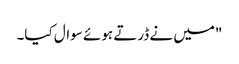
"میں نے ڈرتے ہوئے سوال کیا۔